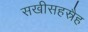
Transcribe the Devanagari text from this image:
सखीसहस्रैह